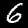
Label: 6